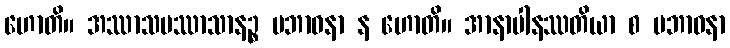
ဟောတိ။ အဿာသပဿာသာနဉ္စ ပဘာဝနာ န ဟောတိ။ အာနာပါနဿတိယာ စ ပဘာဝနာ